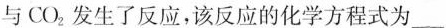
与CO_{2}，发生了反应，该反应的化学方程式为___